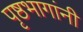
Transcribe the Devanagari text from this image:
पृष्ठभागांनी